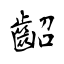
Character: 齠